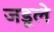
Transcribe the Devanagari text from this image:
जडूले